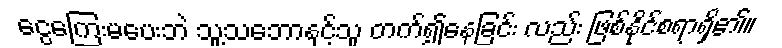
ငွေကြေးမပေးဘဲ သူ့သဘောနှင့်သူ တက်၍နေခြင်း လည်း ဖြစ်နိုင်စရာရှိ၏။